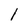
Character: 1